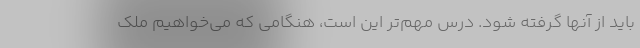
باید از آنها گرفته شود. درس مهم‌تر این است، هنگامی که می‌خواهیم ملک